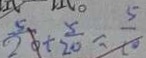
\frac { 5 } { 2 0 } + \frac { 5 } { 2 0 } = \frac { 5 } { 1 0 }